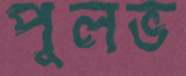
পুলভ